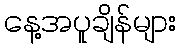
နေ့အပူချိန်များ